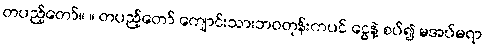
တပည့်တော်။ ။ တပည့်တော် ကျောင်းသားဘဝတုန်းကပင် ငွေနဲ့ စပ်၍ မအပ်မရာ